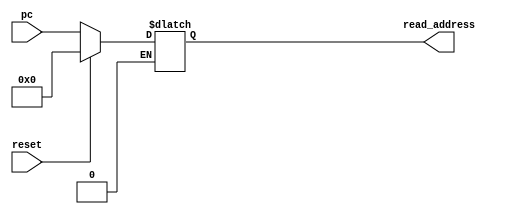
module PC_Assign
(
      input reset, 
      input [31:0] pc,
      output reg [31:0] read_address
);
  always @(reset, pc) begin
    if(reset == 1) begin
      read_address <=0;
    end
    if (reset == 0) begin
      read_address <= pc;
    end
  end
endmodule

module PC_MUX
(
  input wire reset,
  output reg [31:0] pc,
  input wire [31:0] pc_address,
  input wire [31:0] jmp_address,  
  input wire pc_select
);

  always @(reset, pc_select, jmp_address, pc_address) begin
    if (reset == 1) begin
      pc <= 0;
    end 
    else begin
      if (pc_select) 
      begin
        pc <= jmp_address;
      end 
      else begin
        pc <= pc_address;
      end
    end
  end
endmodule

module PC_Adder
(
      input wire reset, 
      input wire step, 
      input wire [31:0] pc, 
      output reg [31:0] pc_address
);
  always @(posedge step, posedge reset) begin
    if (reset == 1) begin
      pc_address <= 0;
    end
    else begin
    if (reset == 0) begin
      pc_address <= pc + 1;
    end
    end
  end
endmodule

module JMP_Adder
(
    input wire reset,
    input wire [31:0] read_address,
    input wire [31:0] immediate_gen,
    output reg [31:0] jmp_address
);
always @(read_address, reset, immediate_gen) begin
  if (reset == 1) begin
    jmp_address <= 0;
  end   
  if (reset == 0) begin
      jmp_address = (read_address + immediate_gen);
  end
end
endmodule

module taken
(
      input wire [31:0] result,
      input wire branch,
      output reg pc_select
);
always @(branch, result) begin
    if (!result && branch)
        pc_select <= 1;
    else
        pc_select <= 0;
end
endmodule